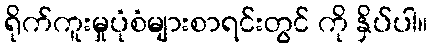
ရိုက်ကူးမှုပုံစံများစာရင်းတွင် ကို နှိပ်ပါ။